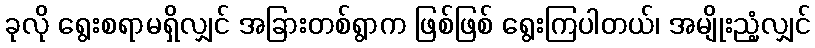
ခုလို ရွေးစရာမရှိလျှင် အခြားတစ်ရွာက ဖြစ်ဖြစ် ရွေးကြပါတယ်၊ အမျိုးညံ့လျှင်